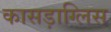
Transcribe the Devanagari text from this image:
कासड़ाग्लिस